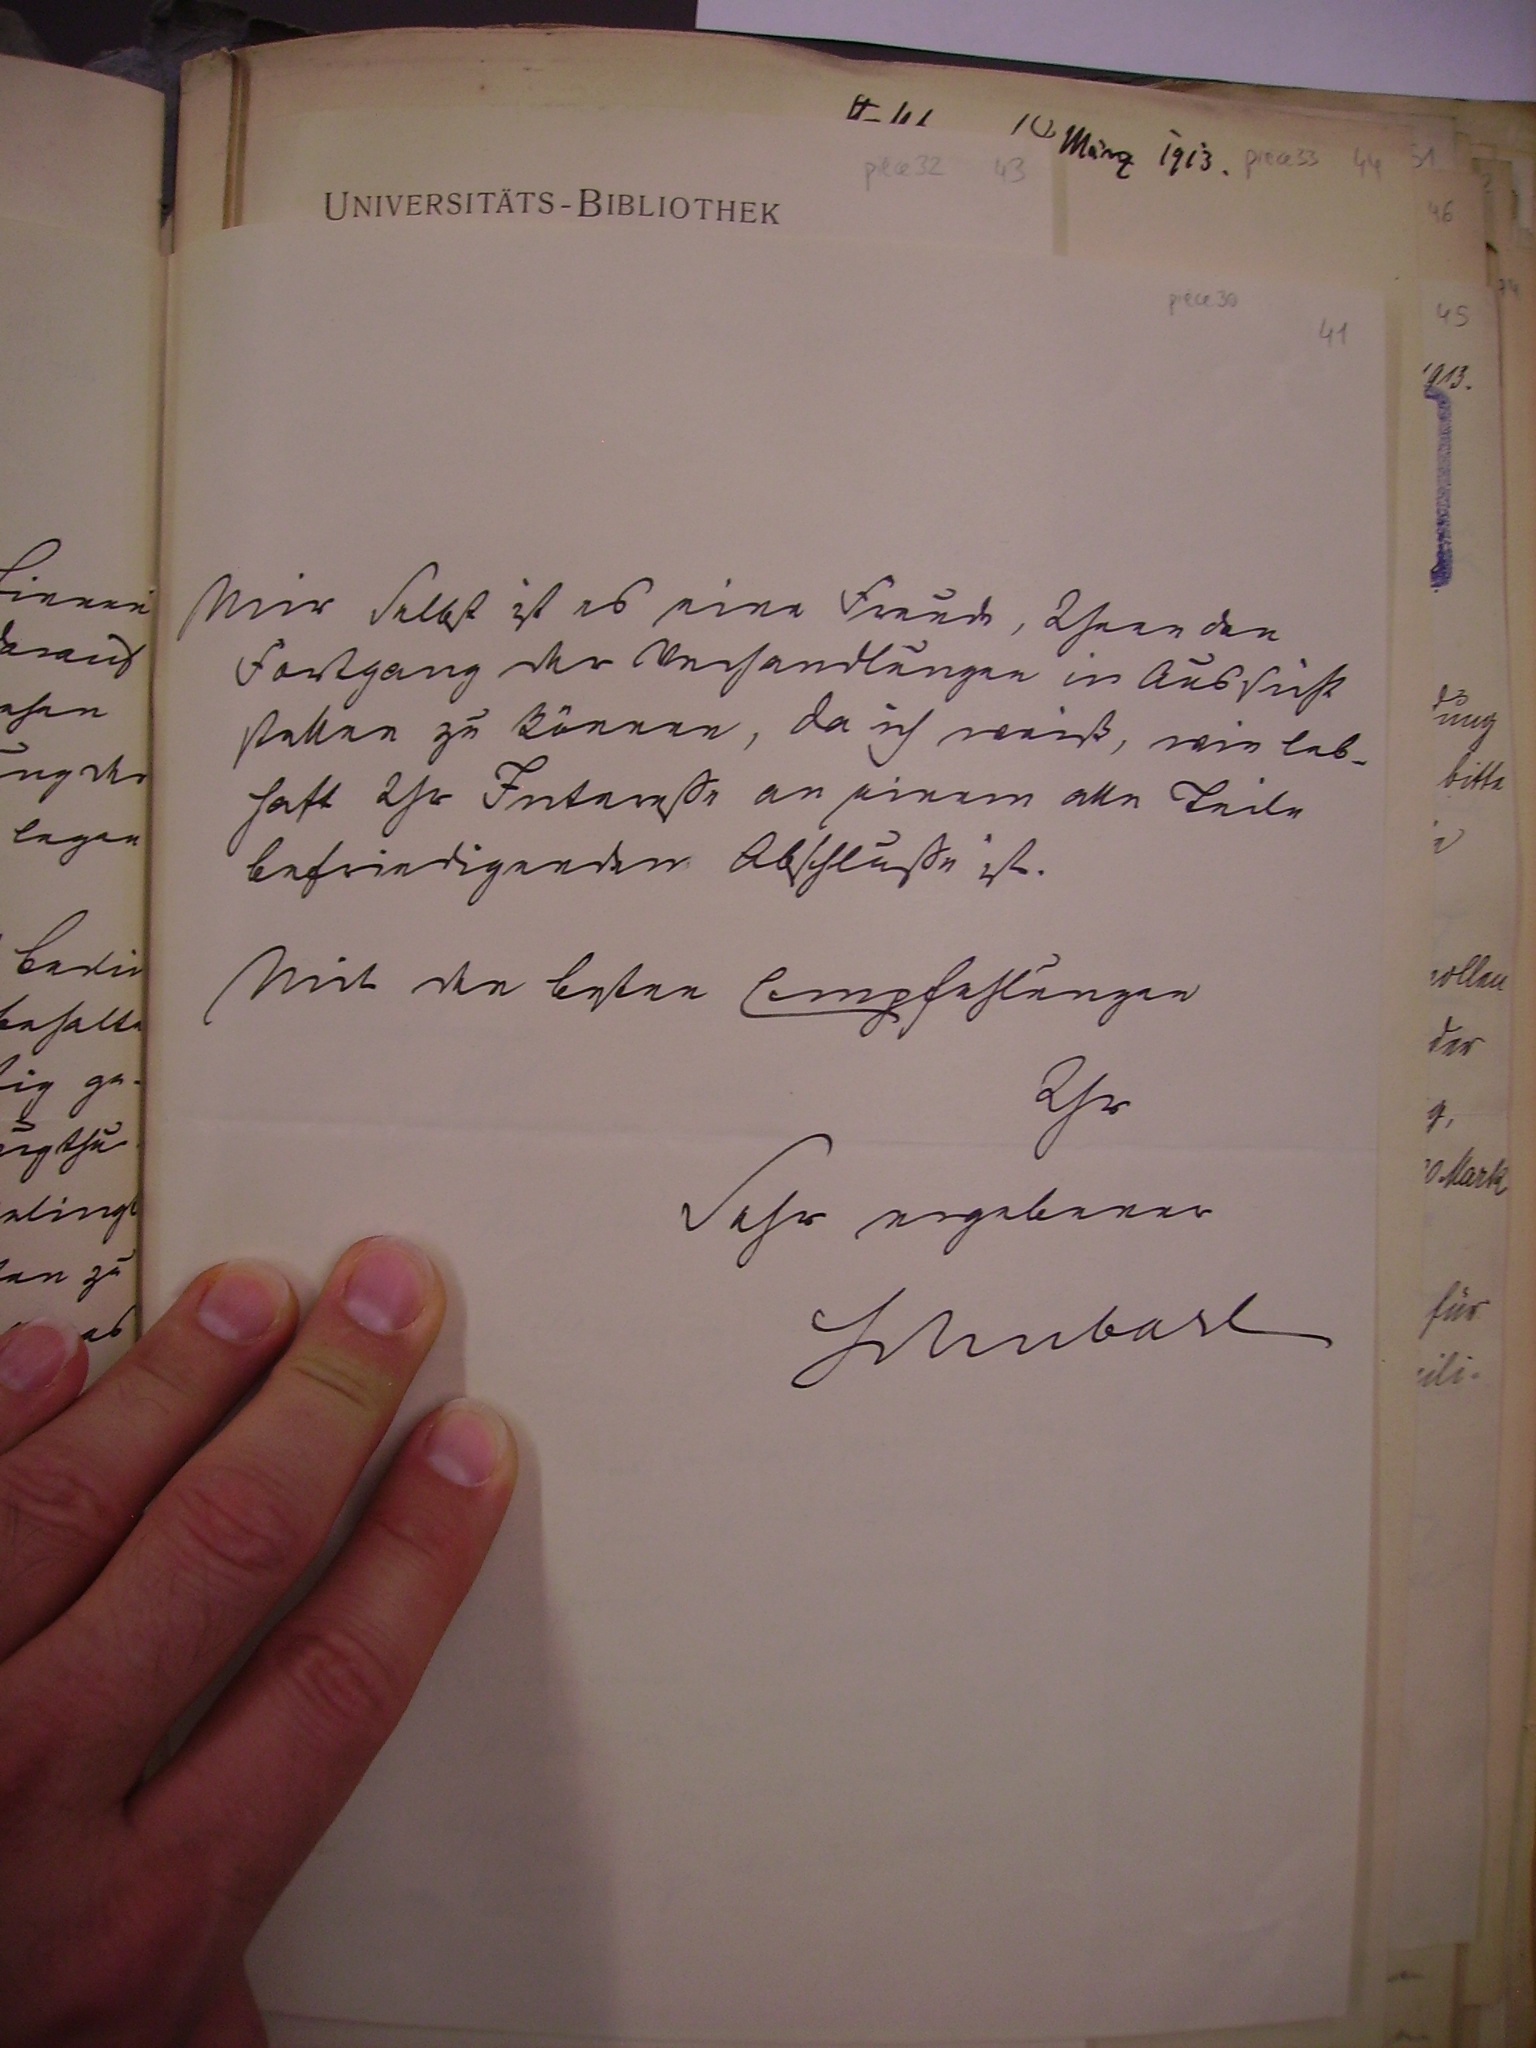
Mir selbst ist es eine Freude, Ihnen den
Fortgang der Verhandlungen in Aussicht
stellen zu können, da ich weiß, wie leb¬
haft Ihr Intereße an einem alle Teile
befriedigenden Abschluße ist.
Mit den besten Empfehlungen
Ihr
Sehr ergebener
Schubart